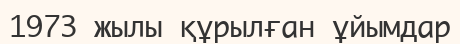
1973 жылы құрылған ұйымдар